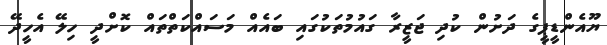
ޔޫއެންޑީޕީގެ ދަށުން ކުދި ޖަޒީރާ ގައުމުތަކުގައި ބައެއް މަސައްކަތްތައް ކޮށްދީ ހިލޭ އެހީދޭ